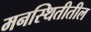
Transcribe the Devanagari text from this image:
मनस्थितीतील